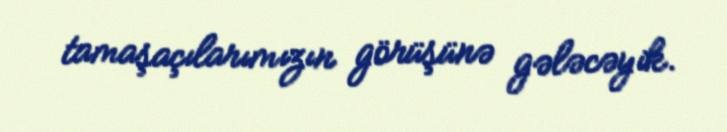
tamaşaçılarımızın görüşünə gələcəyik.